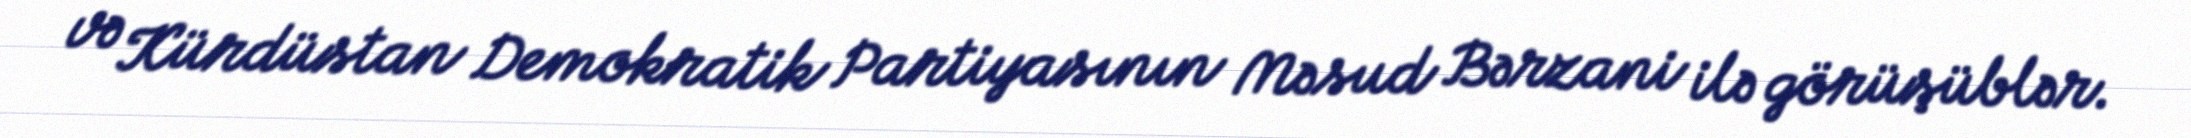
və Kürdüstan Demokratik Partiyasının Məsud Bərzani ilə görüşüblər.